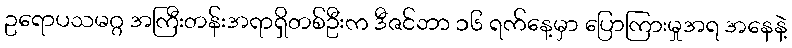
ဥရောပသမဂ္ဂ အကြီးတန်းအရာရှိတစ်ဦးက ဒီဇင်ဘာ ၁၆ ရက်နေ့မှာ ပြောကြားမှုအရ အနေနဲ့